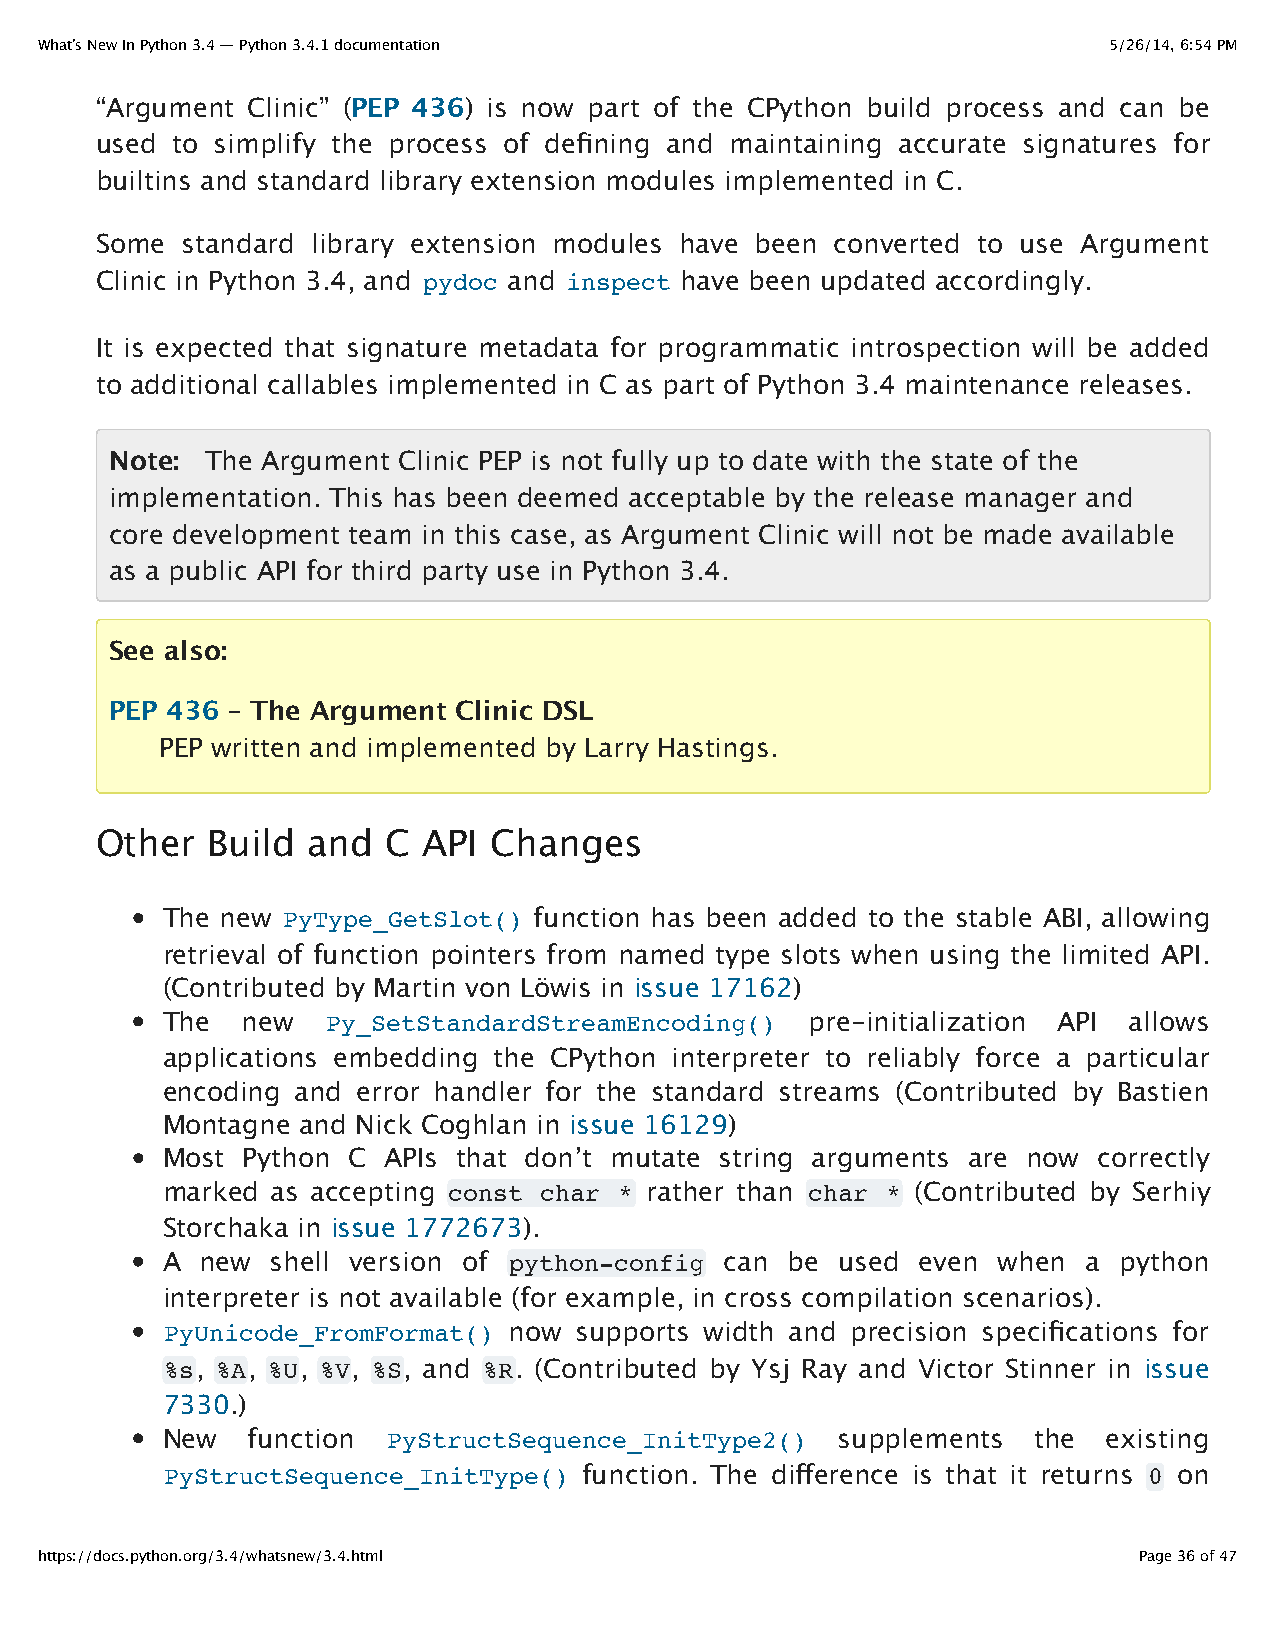
What’s New In Python 3.4 — Python 3.4.1 documentation                  5/26/14, 6:54 PM
 “Argument Clinic” (PEP 436) is now part of the CPython build process and can be
 used to simplify the process of defining and maintaining accurate signatures for
 builtins and standard library extension modules implemented in C.
 Some  standard library extension modules have been converted to use Argument
 Clinic in Python 3.4, and pydoc and inspect have been updated accordingly.
 It is expected that signature metadata for programmatic introspection will be added
 to additional callables implemented in C as part of Python 3.4 maintenance releases.
 Note:  The Argument Clinic PEP is not fully up to date with the state of the
 implementation. This has been deemed acceptable by the release manager and
 core development team in this case, as Argument Clinic will not be made available
 as a public API for third party use in Python 3.4.
 See also:
 PEP 436 – The Argument Clinic DSL
 PEP written and implemented by Larry Hastings.
 Other   Build and   C API Changes
 The new PyType_GetSlot() function has been added to the stable ABI, allowing
 retrieval of function pointers from named type slots when using the limited API.
 (Contributed by Martin von Löwis in issue 17162)
 The  new   Py_SetStandardStreamEncoding()  pre-initialization API allows
 applications embedding the CPython interpreter to reliably force a particular
 encoding and error handler for the standard streams (Contributed by Bastien
 Montagne and Nick Coghlan in issue 16129)
 Most Python C APIs that don’t mutate string arguments are now correctly
 marked as accepting const char * rather than char * (Contributed by Serhiy
 Storchaka in issue 1772673).
 A new  shell version of python-config can be used even when  a python
 interpreter is not available (for example, in cross compilation scenarios).
 PyUnicode_FromFormat() now supports width and precision specifications for
 %s, %A, %U, %V, %S, and %R. (Contributed by Ysj Ray and Victor Stinner in issue
 7330.)
 New  function  PyStructSequence_InitType2()  supplements  the existing
 PyStructSequence_InitType() function. The difference is that it returns 0 on
 https://docs.python.org/3.4/whatsnew/3.4.html                            Page 36 of 47